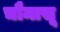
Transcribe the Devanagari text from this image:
चौमासू